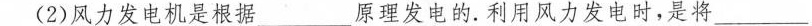
(2)风力发电机是根据________原理发电的。利用风力发电时，是将_____